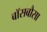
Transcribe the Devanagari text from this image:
बॉसबौसा